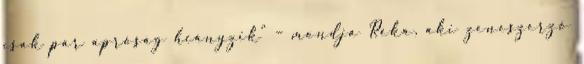
csak pár apróság hiányzik” – mondja Réka, aki zeneszerző